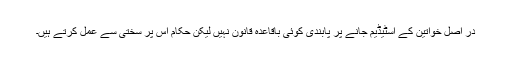
در اصل خواتين کے اسٹيڈيم جانے پر پابندی کوئی باقاعدہ قانون نہيں ليکن حکام اس پر سختی سے عمل کرتے ہيں۔